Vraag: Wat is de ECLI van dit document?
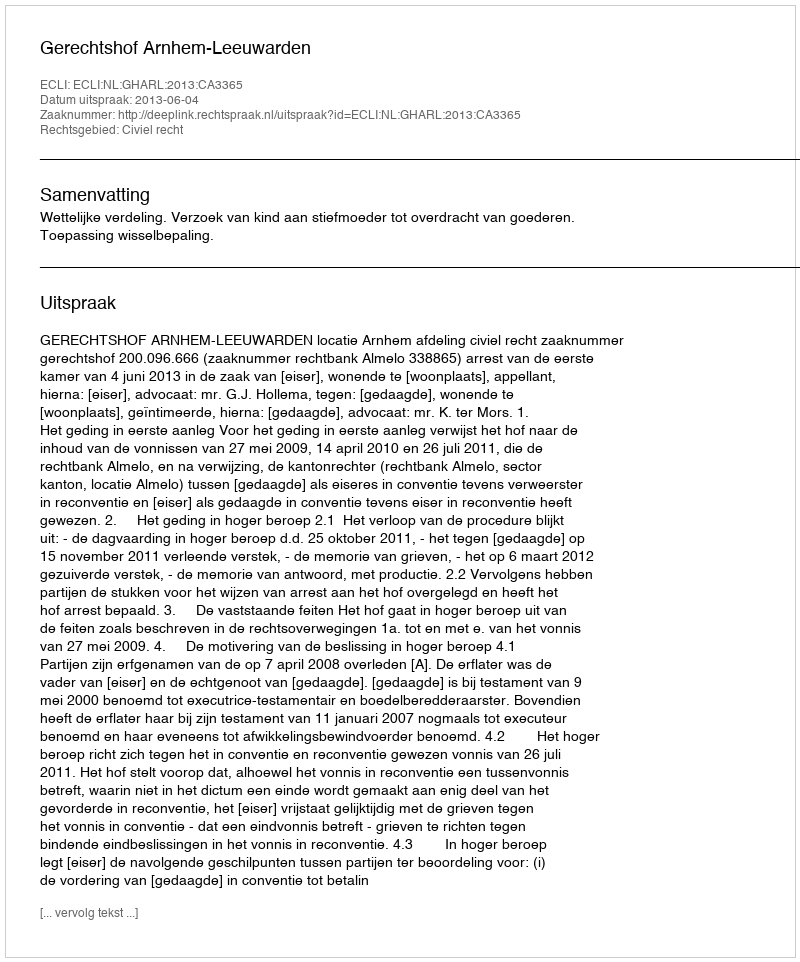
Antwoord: ECLI:NL:GHARL:2013:CA3365